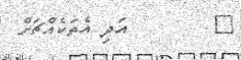
٨        އަދި އެތަކެއްޗަށް